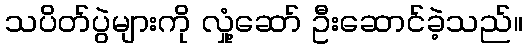
သပိတ်ပွဲများကို လှုံ့ဆော် ဦးဆောင်ခဲ့သည်။